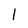
Character: 1